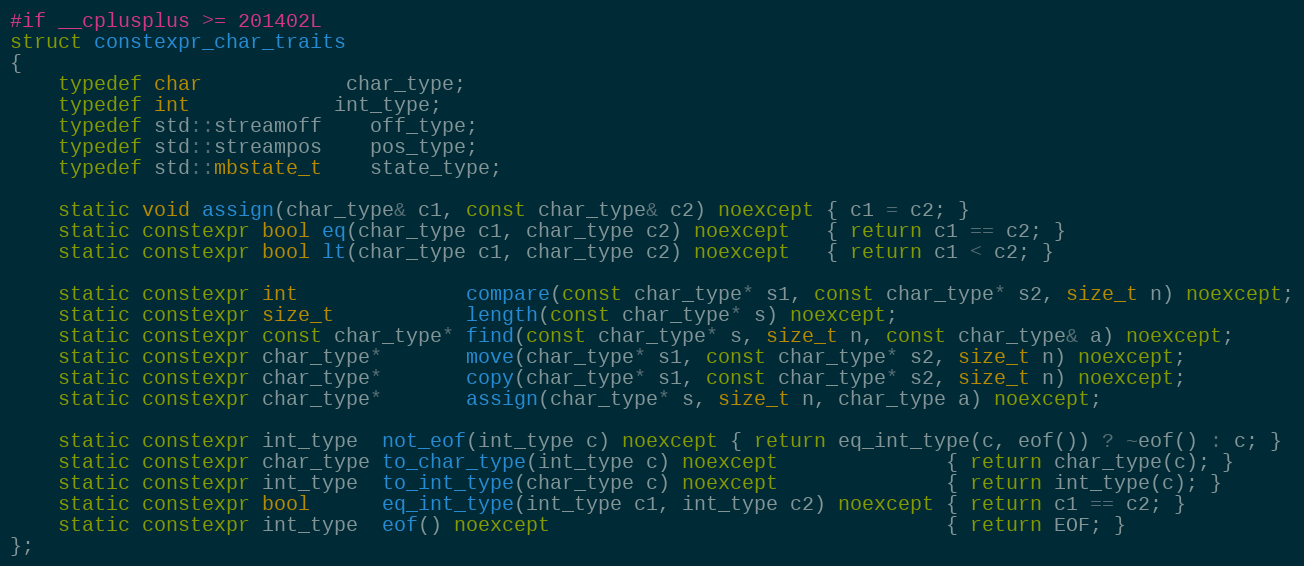
Language: C++
#if __cplusplus >= 201402L
struct constexpr_char_traits
{
    typedef char		    char_type;
    typedef int   			int_type;
    typedef std::streamoff	off_type;
    typedef std::streampos	pos_type;
    typedef std::mbstate_t	state_type;

    static void assign(char_type& c1, const char_type& c2) noexcept { c1 = c2; }
    static constexpr bool eq(char_type c1, char_type c2) noexcept   { return c1 == c2; }
    static constexpr bool lt(char_type c1, char_type c2) noexcept   { return c1 < c2; }

    static constexpr int              compare(const char_type* s1, const char_type* s2, size_t n) noexcept;
    static constexpr size_t           length(const char_type* s) noexcept;
    static constexpr const char_type* find(const char_type* s, size_t n, const char_type& a) noexcept;
    static constexpr char_type*       move(char_type* s1, const char_type* s2, size_t n) noexcept;
    static constexpr char_type*       copy(char_type* s1, const char_type* s2, size_t n) noexcept;
    static constexpr char_type*       assign(char_type* s, size_t n, char_type a) noexcept;

    static constexpr int_type  not_eof(int_type c) noexcept { return eq_int_type(c, eof()) ? ~eof() : c; }
    static constexpr char_type to_char_type(int_type c) noexcept              { return char_type(c); }
    static constexpr int_type  to_int_type(char_type c) noexcept              { return int_type(c); }
    static constexpr bool      eq_int_type(int_type c1, int_type c2) noexcept { return c1 == c2; }
    static constexpr int_type  eof() noexcept                                 { return EOF; }
};